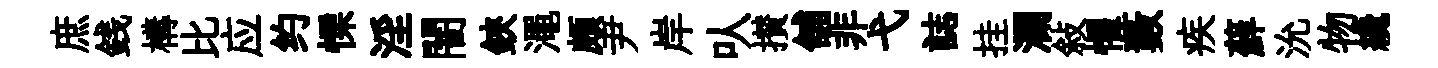
庶銭構比应约慄淫闇鋏澠頗尹岸㕥攅舖非弋誌挂瀾敍懼藪疾蘚沇物纔